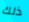
ذلك